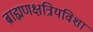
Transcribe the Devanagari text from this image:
ब्राह्मणक्षत्रियविशां